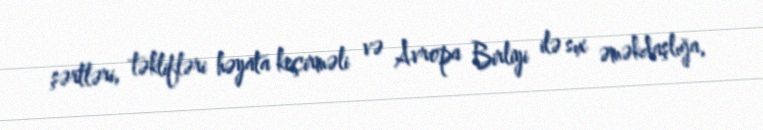
şərtləri, təklifləri həyata keçirməli və Avropa Birliyi ilə sıx əməkdaşlığa,